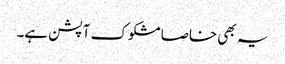
یہ بھی خاصا مشکوک آپشن ہے۔